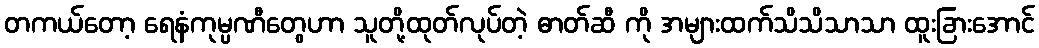
တကယ်တော့ ရေနံကုမ္ပဏီတွေဟာ သူတို့ထုတ်လုပ်တဲ့ ဓာတ်ဆီ ကို အများထက်သိသိသာသာ ထူးခြားအောင်